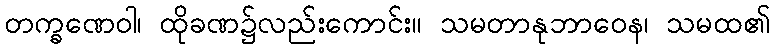
တက္ခဏေဝါ၊ ထိုခဏ၌လည်းကောင်း။ သမတာနုဘာဝေန၊ သမထ၏